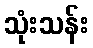
သုံးသန်း